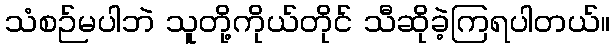
သံစဉ်မပါဘဲ သူတို့ကိုယ်တိုင် သီဆိုခဲ့ကြရပါတယ်။